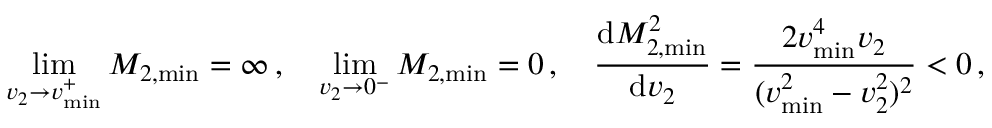
\operatorname* { l i m } _ { v _ { 2 } \to v _ { \operatorname* { m i n } } ^ { + } } M _ { 2 , \operatorname* { m i n } } = \infty \, , \quad \operatorname* { l i m } _ { v _ { 2 } \to 0 ^ { - } } M _ { 2 , \operatorname* { m i n } } = 0 \, , \quad \frac { \mathrm { d } M _ { 2 , \operatorname* { m i n } } ^ { 2 } } { \mathrm { d } v _ { 2 } } = \frac { 2 v _ { \operatorname* { m i n } } ^ { 4 } v _ { 2 } } { ( v _ { \operatorname* { m i n } } ^ { 2 } - v _ { 2 } ^ { 2 } ) ^ { 2 } } < 0 \, ,